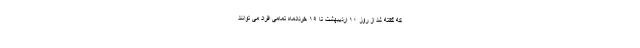
که گفته شد از روز ۱۰ اردیبهشت تا ۱۹ خردادماه تمامی افراد می توانند